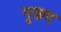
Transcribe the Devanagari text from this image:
पूछद